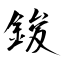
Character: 鋑